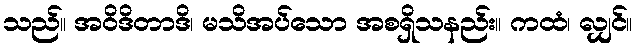
သည်။ အဝိဒိတာဒိ၊ မသိအပ်သော အစရှိသနည်း။ ကထံ၊ လျှင်။